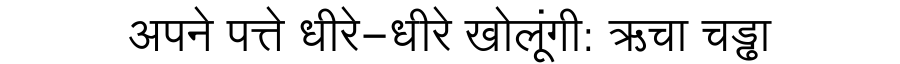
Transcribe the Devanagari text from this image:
अपने पत्ते धीरे-धीरे खोलूंगी: ऋचा चड्ढा